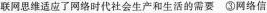
联网思维适应了网络时代社会生产和生活的需要 ③网络信